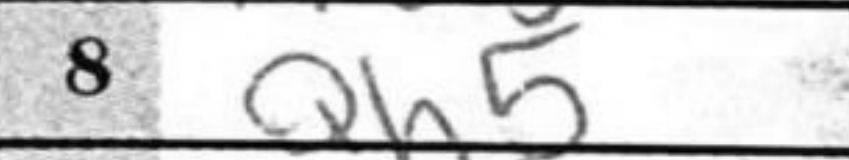
Transcription: Qh5